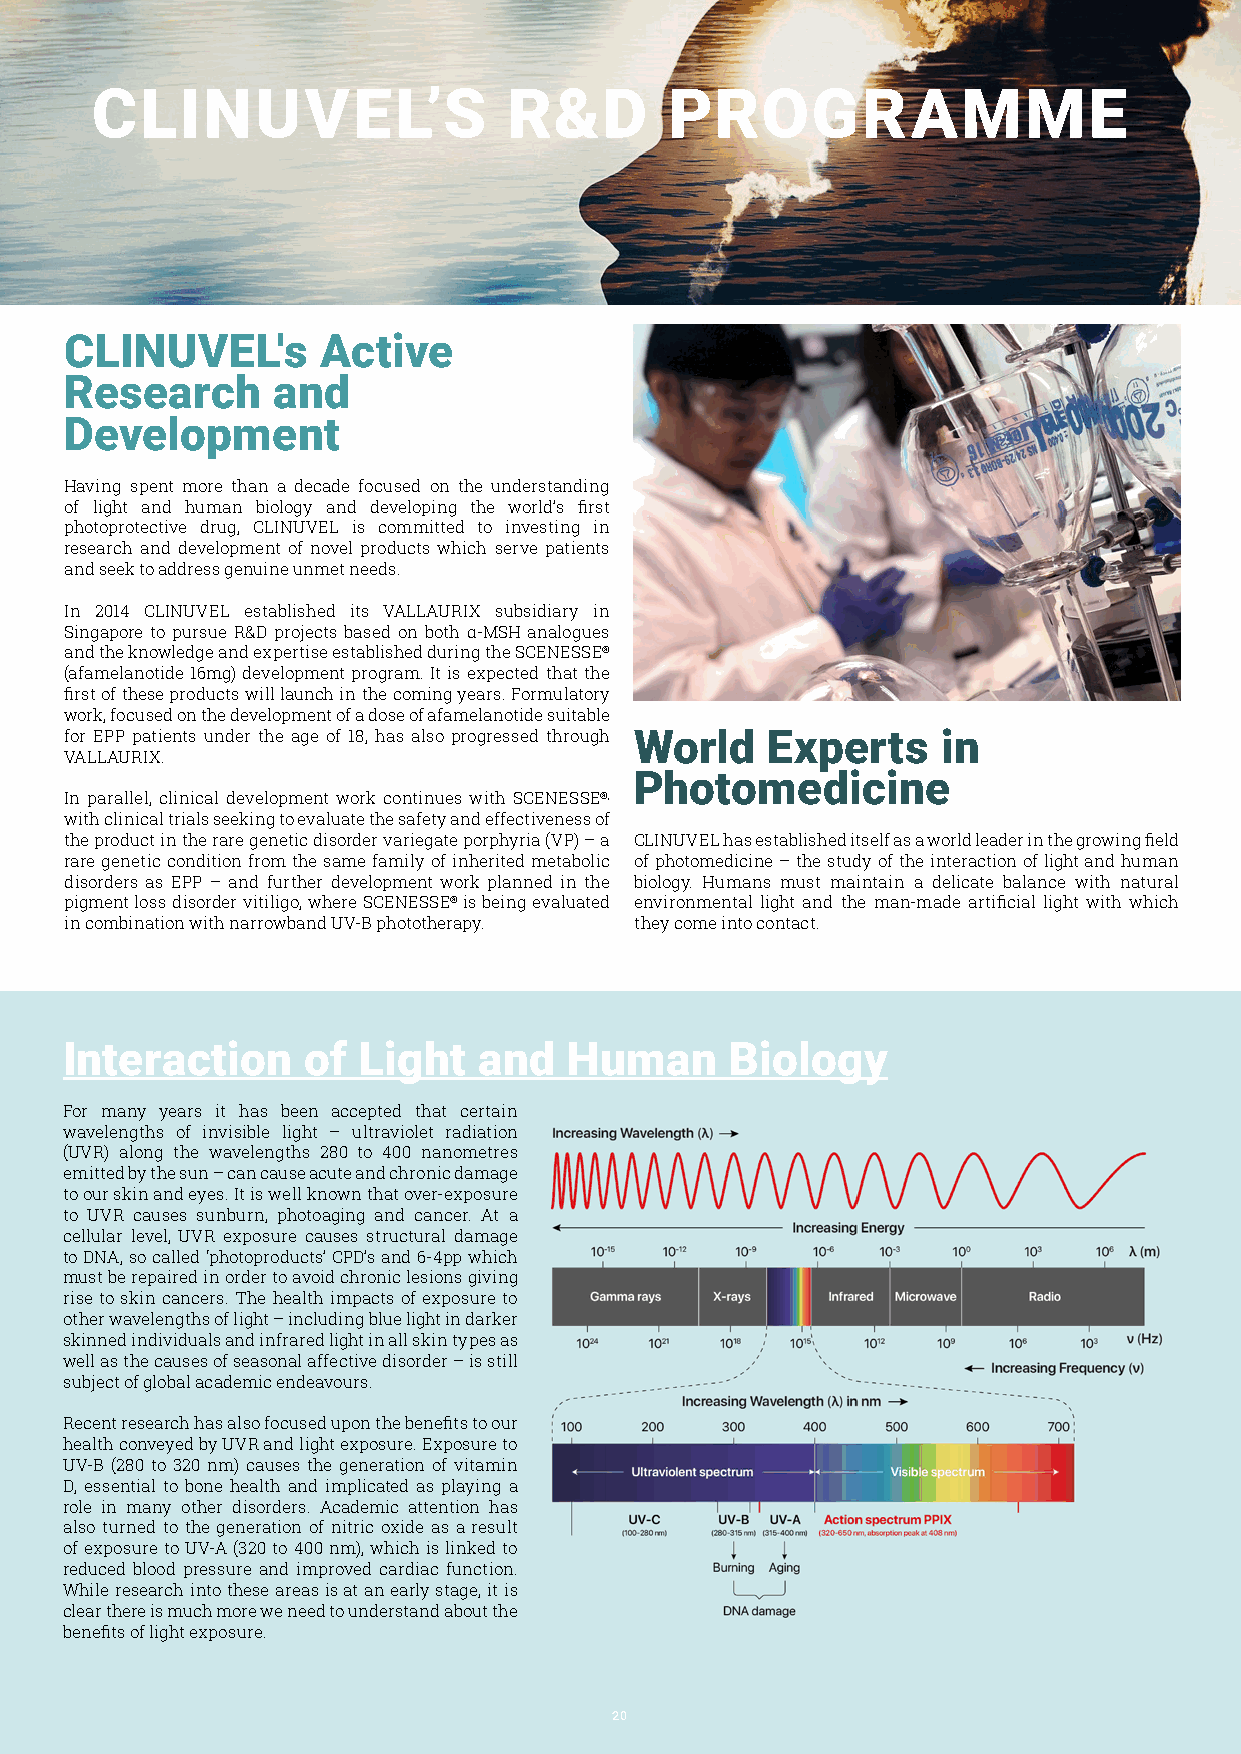
CLINUVEL’S                  R&D       PROGRAMME
 CLINUVEL's       Active
 Research      and
 Development
 Having spent more than a decade focused on the understanding
 of light and human biology and developing the world’s first
 photoprotective drug, CLINUVEL is committed to investing in
 research and development of novel products which serve patients
 and seek to address genuine unmet needs.
 In 2014 CLINUVEL established its VALLAURIX subsidiary in
 Singapore to pursue R&D projects based on both α-MSH analogues
 and the knowledge and expertise established during the SCENESSE®
 (afamelanotide 16mg) development program. It is expected that the
 first of these products will launch in the coming years. Formulatory
 work, focused on the development of a dose of afamelanotide suitable
 for EPP patients under the age of 18, has also progressed through World Experts in
 VALLAURIX.
 Photomedicine
 In parallel, clinical development work continues with SCENESSE®,
 with clinical trials seeking to evaluate the safety and effectiveness of
 the product in the rare genetic disorder variegate porphyria (VP) – a CLINUVEL has established itself as a world leader in the growing field
 rare genetic condition from the same family of inherited metabolic of photomedicine – the study of the interaction of light and human
 disorders as EPP – and further development work planned in the biology. Humans must maintain a delicate balance with natural
 pigment loss disorder vitiligo, where SCENESSE® is being evaluated environmental light and the man-made artificial light with which
 in combination with narrowband UV-B phototherapy. they come into contact.
 Interaction     of  Light   and   Human     Biology
 For many years it has been accepted that certain
 wavelengths of invisible light – ultraviolet radiation
 (UVR) along the wavelengths 280 to 400 nanometres
 emitted by the sun – can cause acute and chronic damage
 to our skin and eyes. It is well known that over-exposure
 to UVR causes sunburn, photoaging and cancer. At a
 cellular level, UVR exposure causes structural damage
 to DNA, so called ‘photoproducts’ CPD’s and 6-4pp which
 must be repaired in order to avoid chronic lesions giving
 rise to skin cancers. The health impacts of exposure to
 other wavelengths of light – including blue light in darker
 skinned individuals and infrared light in all skin types as
 well as the causes of seasonal affective disorder – is still
 subject of global academic endeavours.
 Recent research has also focused upon the benefits to our
 health conveyed by UVR and light exposure. Exposure to
 UV-B (280 to 320 nm) causes the generation of vitamin
 D, essential to bone health and implicated as playing a
 role in many other disorders. Academic attention has
 also turned to the generation of nitric oxide as a result
 of exposure to UV-A (320 to 400 nm), which is linked to
 reduced blood pressure and improved cardiac function.
 While research into these areas is at an early stage, it is
 clear there is much more we need to understand about the
 benefits of light exposure.
 20